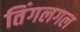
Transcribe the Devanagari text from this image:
तिंगलगल